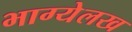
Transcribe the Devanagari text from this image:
भाग्येलख